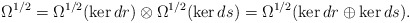
\begin{align*} \Omega^{1/2}=\Omega^{1/2}(\ker dr)\otimes\Omega^{1/2}(\ker ds)=\Omega^{1/2}(\ker dr\oplus \ker ds).\end{align*}